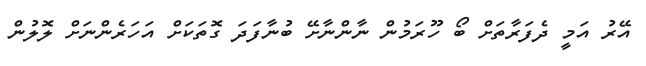
އޭރު އަމީ ދެފަރާތަށް ބޯ ހޫރަމުން ނާންނާށޭ ބުނާފަދަ ގޮތަކަށް އަހަރެންނަށް ލޮލުން